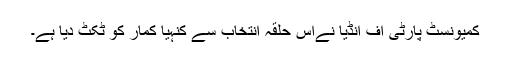
کمیونسٹ پارٹی آف انڈیا نےاس حلقۂ انتخاب سے کنہیا کمار کو ٹکٹ دیا ہے۔